Leaving Certificate Examination (including Day School Certificate (Higher) General paper), 1939
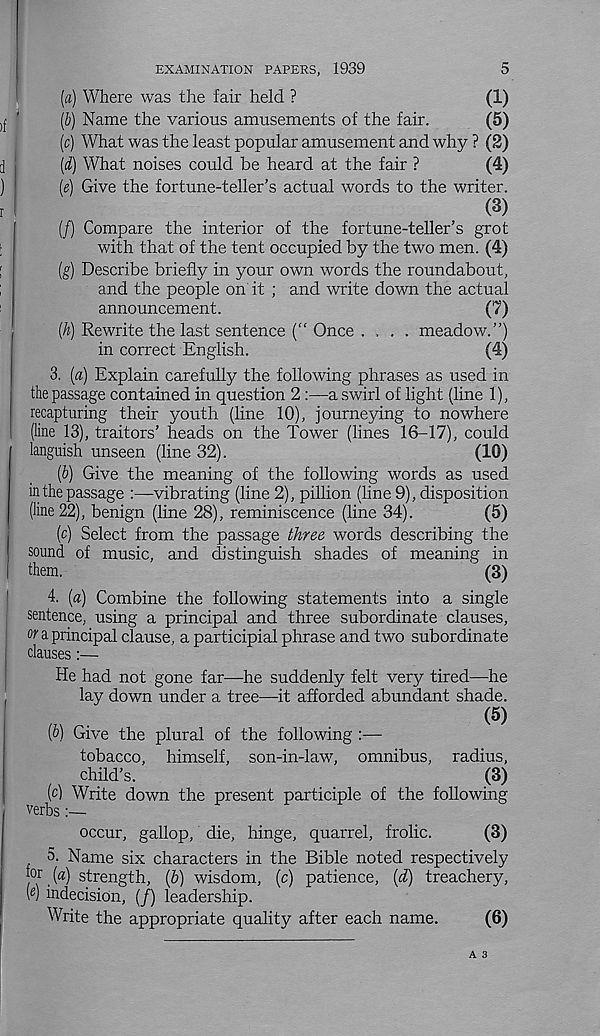
5
EXAMINATION PAPERS, 1939
[a) Where was the fair held ?
(1)
[b) Name the various amusements of the fair.
(5)
[c) What was the least popular amusement and why ? (2)
[d) What noises could be heard at the fair ?
(4)
[e) Give the fortune-teller’s actual words to the writer.
(3)
(/) Compare the interior of the fortune-teller’s grot
with that of the tent occupied by the two men. (4)
(g) Describe briefly in your own words the roundabout,
and the people on it ; and write down the actual
announcement.
(7)
(A) Rewrite the last sentence (“ Once .... meadow.”)
in correct English.
(4)
3. (a) Explain carefully the following phrases as used in
the passage contained in question 2 :—a swirl of light (line 1),
recapturing their youth (line 10), journeying to nowhere
(line 13), traitors’ heads on the Tower (lines 16-17), could
languish unseen (line 32).
(10)
(b) Give the meaning of the following words as used
in the passage :—vibrating (line 2), pillion (line 9), disposition
(line 22), benign (line 28), reminiscence (line 34).
(5)
(c) Select from the passage three words describing the
sound of music, and distinguish shades of meaning in
them.
(3)
4. [a) Combine the following statements into a single
sentence, using a principal and three subordinate clauses,
or a principal clause, a participial phrase and two subordinate
clauses:—
He had not gone far—he suddenly felt very tired—he
lay down under a tree—it afforded abundant shade.
m
(5)
(b) Give the plural of the following :—
tobacco, himself, son-in-law, omnibus, radius,
child’s.
(3)
(c) Write down the present participle of the following
verbs:—
occur, gallop, die, hinge, quarrel, frolic.
(3)
5. Name six characters in the Bible noted respectively
j or («) strength, (b) wisdom, (c) patience, (d) treachery,
(«) indecision, (/) leadership.
Write the appropriate quality after each name.
(6)